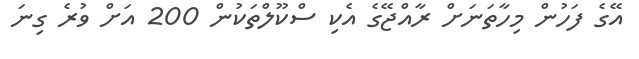
އޭގެ ފަހުން މިހާތަނަށް ރާއްޖޭގެ އެކި ސްކޫލްތަކުން 200 އަށް ވުރެ ގިނަ